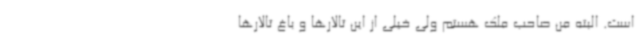
است. البته من صاحب ملک هستم ولی خیلی از این تالارها و باغ تالارها